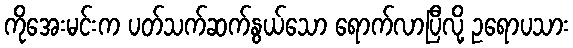
ကိုအေးမင်းက ပတ်သက်ဆက်နွယ်သော ရောက်လာပြီလို့ ဥရောပသား